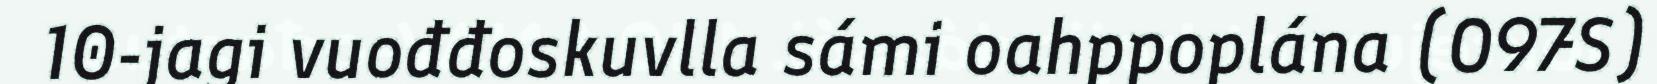
10-jagi vuođđoskuvlla sámi oahppoplána (O97S)